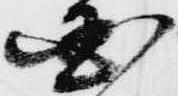
国